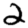
Digit: 2